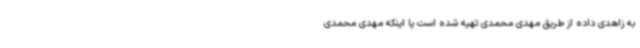
به زاهدی داده از طریق مهدی محمدی تهیه شده است یا اینکه مهدی محمدی